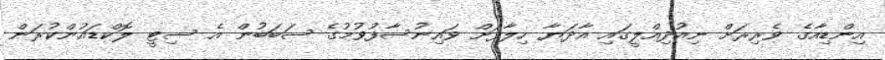
އިންޑިއާގެ ވެރިރަށް ނިއުދިއްލީގައި އާދަޔާ ހިލާފަށް ވައިނުސާފުވުމުގެ ސަބަބުން އެ ސިޓީ ލޮކްޑައުންކުރަން